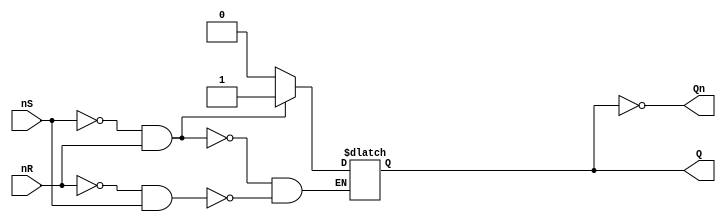
// CPEN 230L lab 8 part 1, SR Latch, active-low Set & Reset
// Gabe DiMartino 10/30/2023

module SR_Latch (
  input nS,
  input nR,
  output reg Q,
  output Qn
);

  always @ (nS or nR)
  begin
    if (nS == 0 && nR == 1)
      Q <= 1;
    else if (nR == 0 && nS == 1)
      Q <= 0;
  end

  assign Qn = ~Q;

endmodule